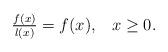
LaTeX: \begin{align*} \tfrac{f(x)}{ l(x)} = f(x),\;\;\; x \ge 0.\end{align*}